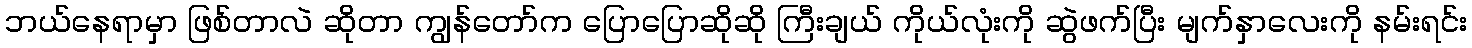
ဘယ်နေရာမှာ ဖြစ်တာလဲ ဆိုတာ ကျွန်တော်က ပြောပြောဆိုဆို ကြီးချယ် ကိုယ်လုံးကို ဆွဲဖက်ပြီး မျက်နှာလေးကို နမ်းရင်း